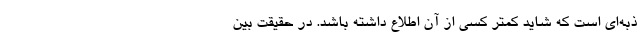
ذبه‌‌ای است که شاید کمتر کسی از آن اطلاع داشته باشد. در حقیقت بین